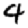
Digit: 4